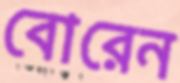
বোরেন